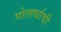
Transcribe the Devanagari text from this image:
गोलार्धाची